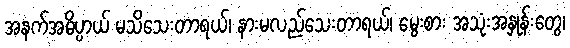
အနက်အဓိပ္ပာယ် မသိသေးတာရယ်၊ နားမလည်သေးတာရယ်၊ မွေးစား အသုံးအနှုန်းတွေ၊